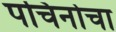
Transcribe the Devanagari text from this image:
पचिनोचा